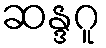
ဆန္ဒဂူ